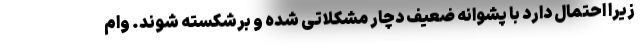
زیرا احتمال دارد با پشوانه ضعیف دچار مشکلاتی شده و برشکسته شوند. وام